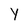
Character: Y